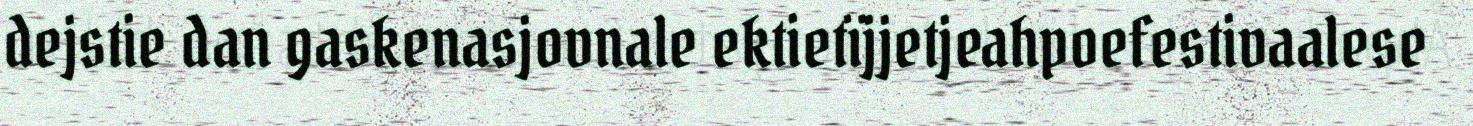
dejstie dan gaskenasjovnale ektietïjjetjeahpoefestivaalese